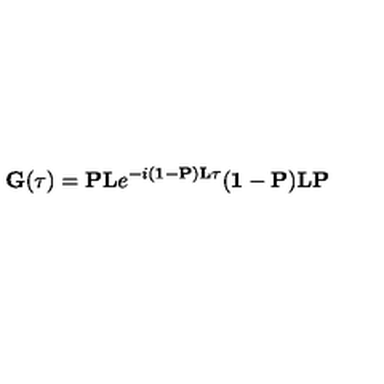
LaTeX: { \bf G } ( \tau ) = { \bf P L } e ^ { - i ( { \bf 1 } - { \bf P } ) { \bf L } \tau } ( { \bf 1 } - { \bf P } ) { \bf L P }